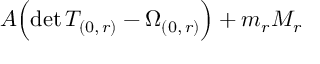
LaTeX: A \Bigl ( \mathrm { d e t } \, T _ { ( 0 , \, r ) } - \Omega _ { ( 0 , \, r ) } \Bigr ) + m _ { r } M _ { r }